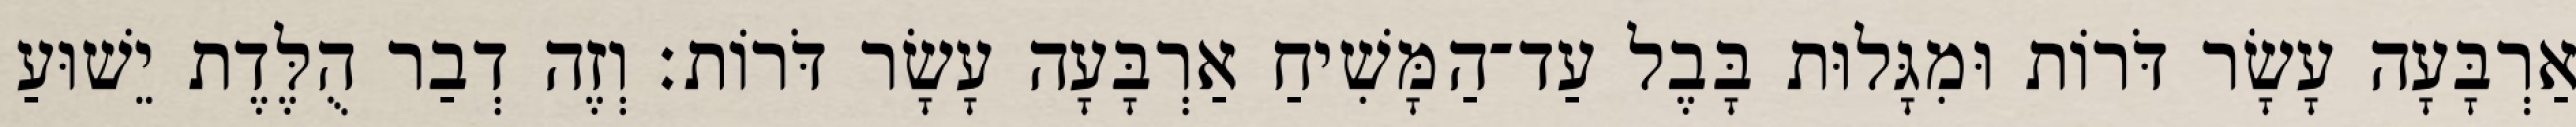
אַרְבָּעָה עָשָׂר דֹּרוֹת וּמִגָּלוּת בָּבֶל עַד־הַמָּשִׁיחַ אַרְבָּעָה עָשָׂר דֹּרוֹת׃ וְזֶה דְבַר הֻלֶּדֶת יֵשׁוּעַ